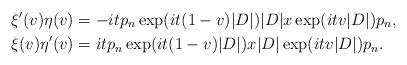
LaTeX: \begin{align*} \xi'(v)\eta(v) &= -itp_n\exp(it(1-v)|D|)|D|x\exp(itv|D|)p_n,\\ \xi(v)\eta'(v) &= itp_n\exp(it(1-v)|D|)x|D|\exp(itv|D|)p_n. \end{align*}